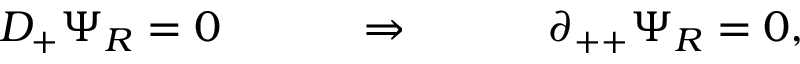
D _ { + } \Psi _ { R } = 0 ~ ~ ~ \qquad \Rightarrow ~ ~ ~ \qquad \partial _ { + + } \Psi _ { R } = 0 ,